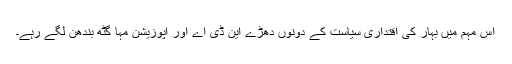
اس مہم میں بہار کی اقتداری سیاست کے دونوں دھڑے این ڈی اے اور اپوزیشن مہا گٹھ بندھن لگے رہے۔